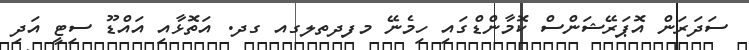
ސަދަރަން އޮޕަރޭޝަންސް ކޮމާންޑްގައި ހިމެނޭ މފދތލގއ ގދ. އަތޮޅާއި އައްޑޫ ސިޓީ އަދި